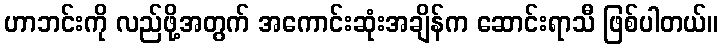
ဟာဘင်းကို လည်ဖို့အတွက် အကောင်းဆုံးအချိန်က ဆောင်းရာသီ ဖြစ်ပါတယ်။